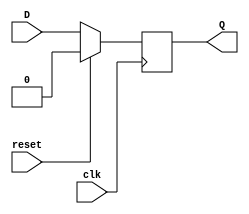
`timescale 1ns / 1ps
//////////////////////////////////////////////////////////////////////////////////
// Company: 
// Engineer: 
// 
// Design Name: 
// Module Name: d_flipflop
// Project Name: 
// Target Devices: 
// Tool Versions: 
// Description: 
// 
// Dependencies: 
// 
// Revision:
// Revision 0.01 - File Created
// Additional Comments:
// 
//////////////////////////////////////////////////////////////////////////////////

module d_flipflop (
    input D,
    input clk,
    input reset,     // Synchronous reset
    output reg Q
);

    always @(posedge clk) begin
        if (reset) 
            Q <= 0;
        else 
            Q <= D;
    end

endmodule